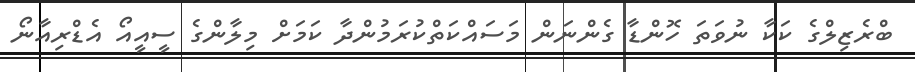
ބްރެޒިލްގެ ކަކާ ނުވަތަ ހޮންޑާ ގެންނަން މަސައްކަތްކުރަމުންދާ ކަމަށް މިލާންގެ ސީއީއޯ އެޑްރިއާނޯ